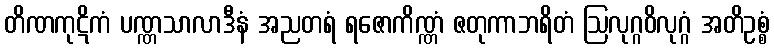
တိဏကုဋိကံ ပဏ္ဏသာလာဒီနံ အညတရံ ရဇောကိဏ္ဏံ ဇတုကာဘရိတံ ဩလုဂ္ဂဝိလုဂ္ဂံ အတိဥစ္စံ